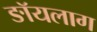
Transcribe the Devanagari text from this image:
ङॉयलाग